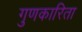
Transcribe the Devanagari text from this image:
गुणकारिता